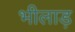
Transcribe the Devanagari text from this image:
भीलाड़